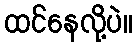
ထင်နေလို့ပဲ။